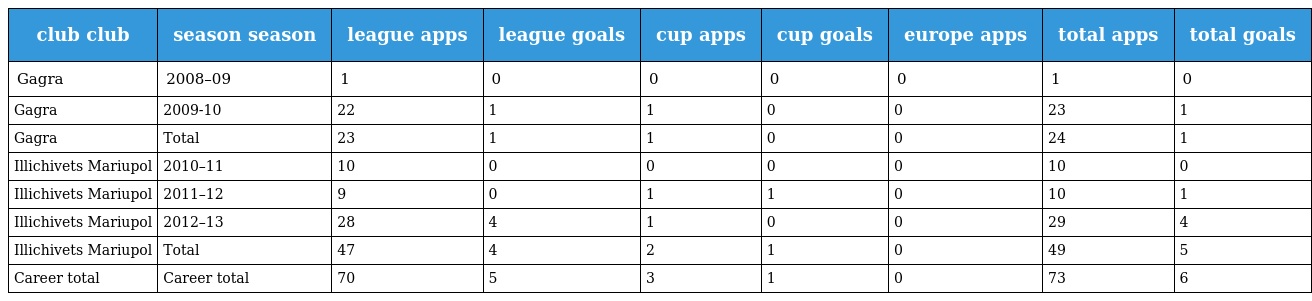
| club club | season season | league apps | league goals | cup apps | cup goals | europe apps | total apps | total goals |
 | --- | --- | --- | --- | --- | --- | --- | --- | --- |
 | Gagra | 2008–09 | 1 | 0 | 0 | 0 | 0 | 1 | 0 |
 | Gagra | 2009-10 | 22 | 1 | 1 | 0 | 0 | 23 | 1 |
 | Gagra | Total | 23 | 1 | 1 | 0 | 0 | 24 | 1 |
 | Illichivets Mariupol | 2010–11 | 10 | 0 | 0 | 0 | 0 | 10 | 0 |
 | Illichivets Mariupol | 2011–12 | 9 | 0 | 1 | 1 | 0 | 10 | 1 |
 | Illichivets Mariupol | 2012–13 | 28 | 4 | 1 | 0 | 0 | 29 | 4 |
 | Illichivets Mariupol | Total | 47 | 4 | 2 | 1 | 0 | 49 | 5 |
 | Career total | Career total | 70 | 5 | 3 | 1 | 0 | 73 | 6 |